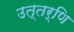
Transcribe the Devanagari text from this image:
उत्तर्णि